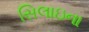
સિલાઇના